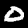
Label: 0